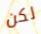
لكن